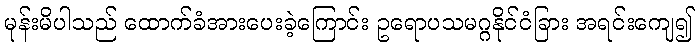
မုန်းမိပါသည် ထောက်ခံအားပေးခဲ့ကြောင်း ဥရောပသမဂ္ဂနိုင်ငံခြား အရင်းကျေ၍